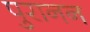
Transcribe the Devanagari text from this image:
पुरानन